Trukikaitis_Postimees, lk 146
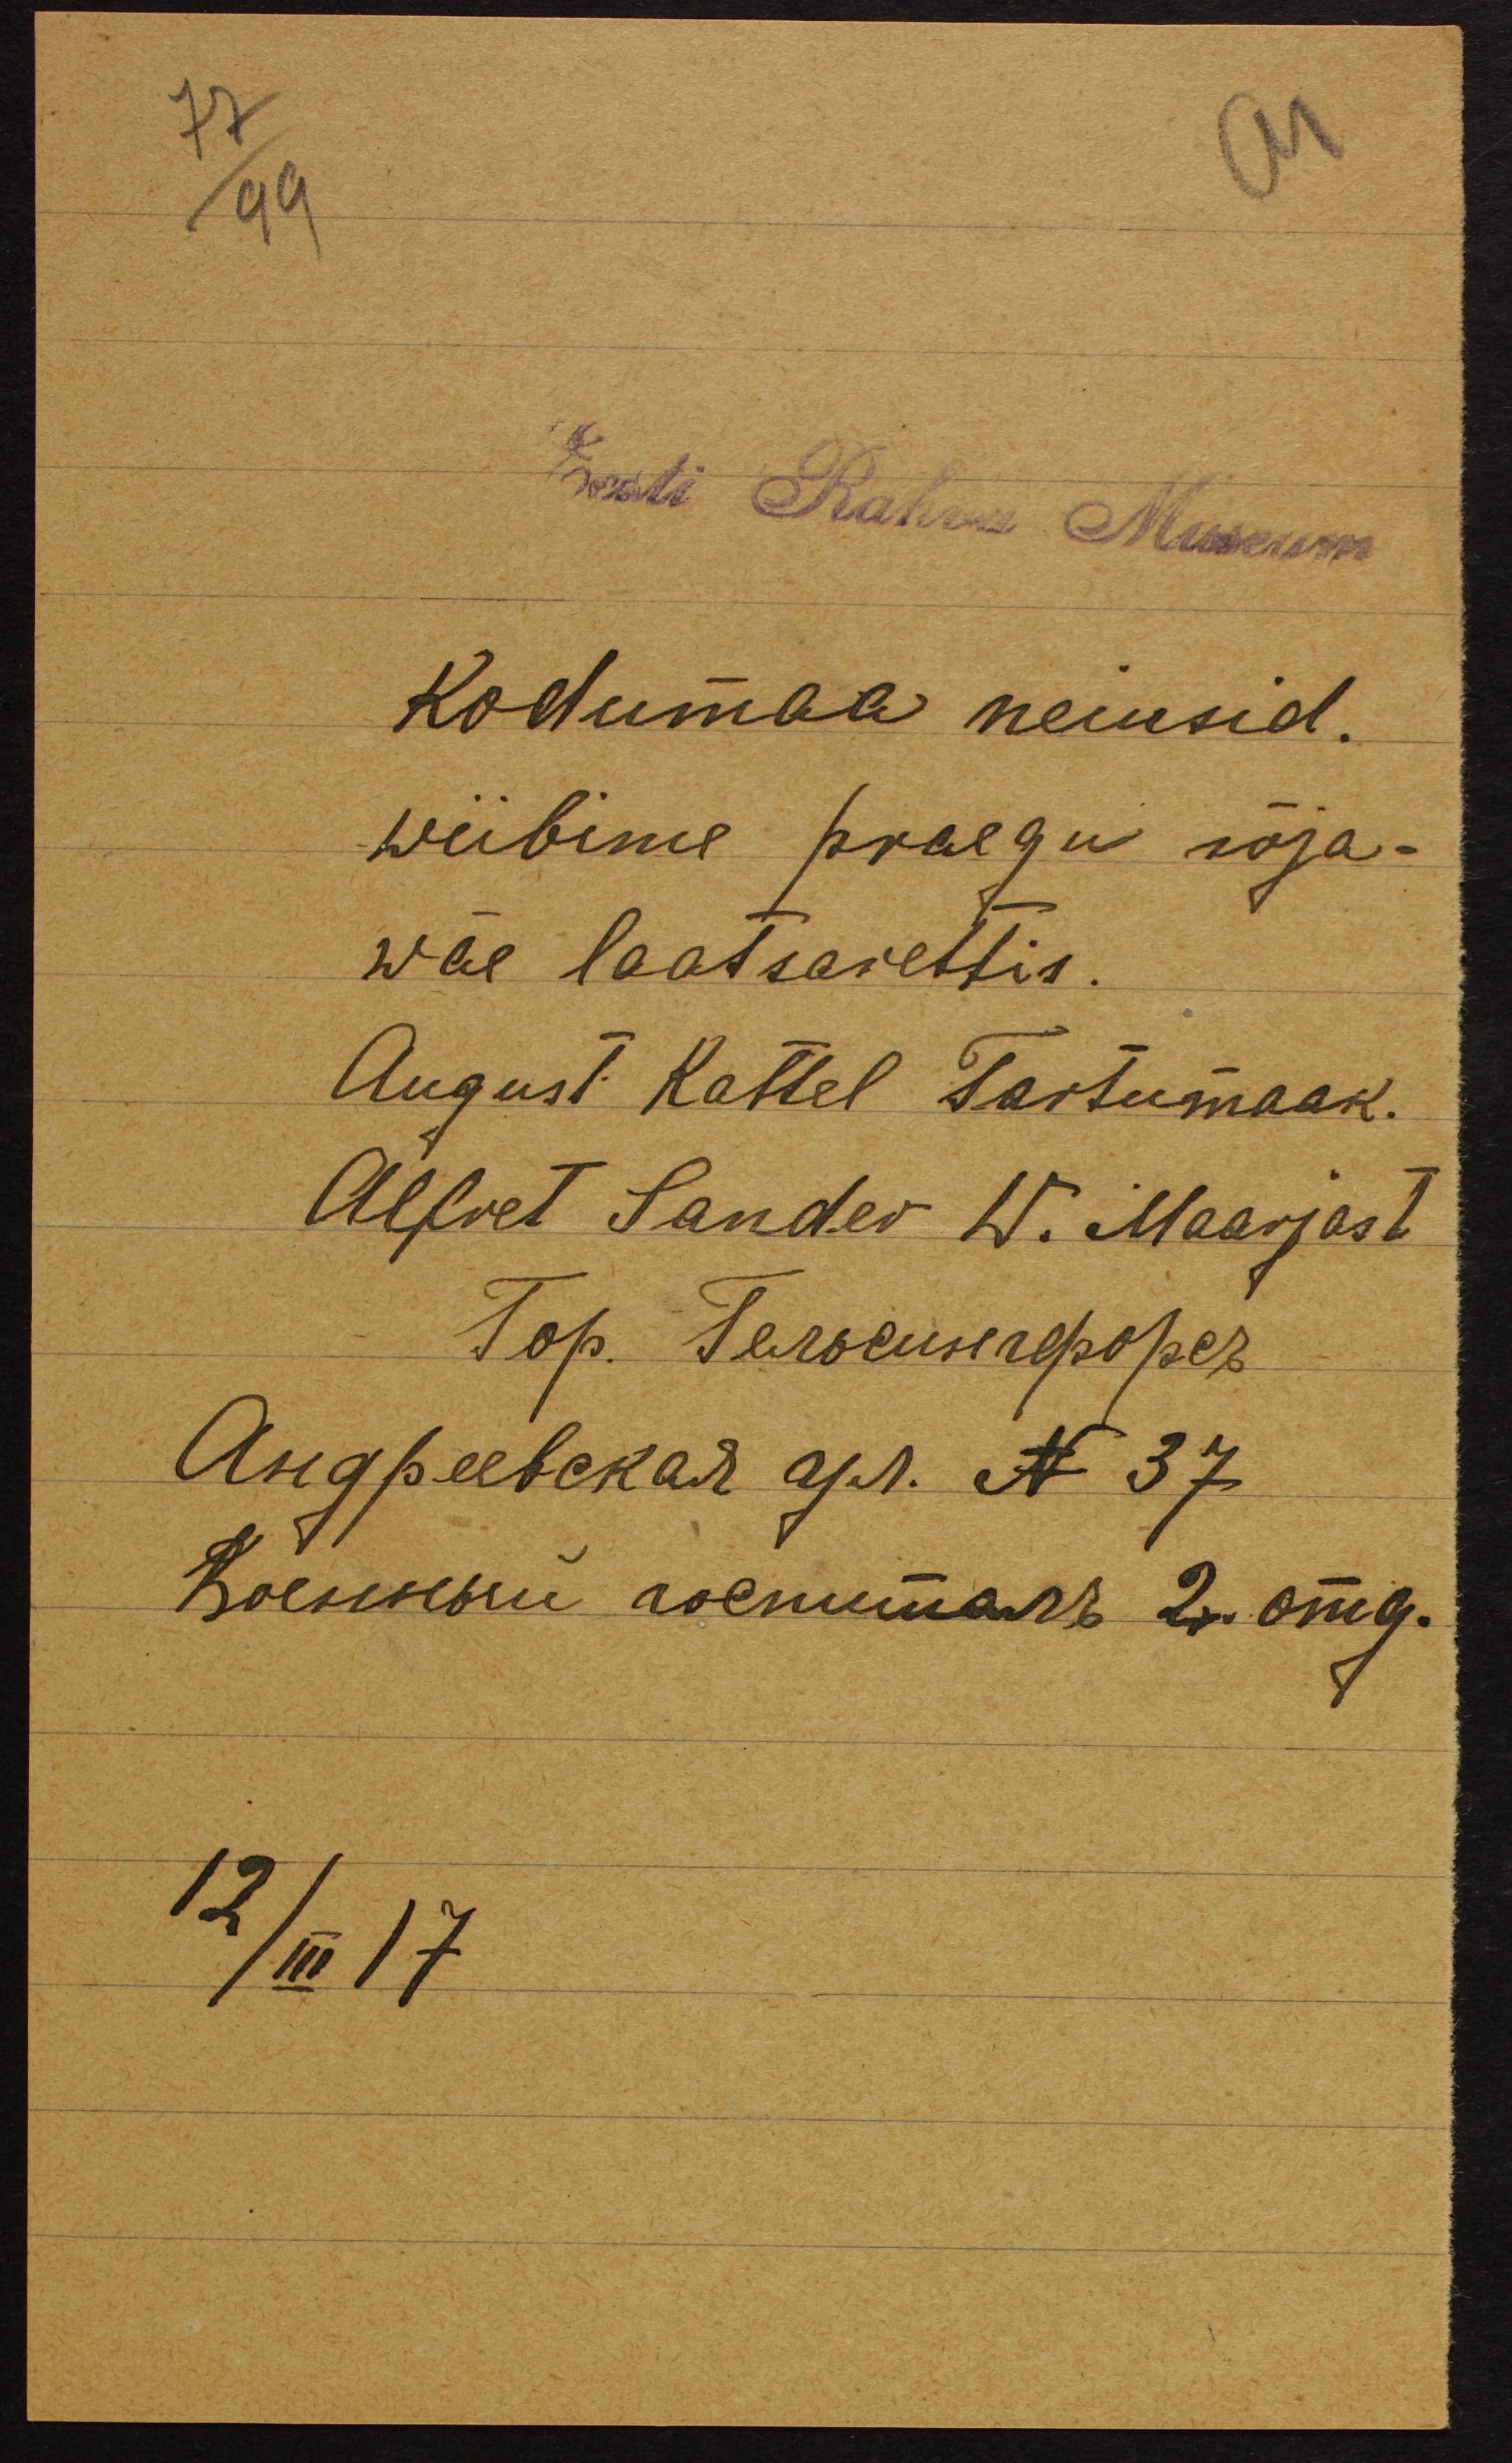
72/99
Eesti Rahva Museum
Kodumaa neiusid.
wiibime praegu sõja-
wäe laatsarettis.
August Kattel Tartumaak.
Alfret Sander W. Maarjast
12/III 17